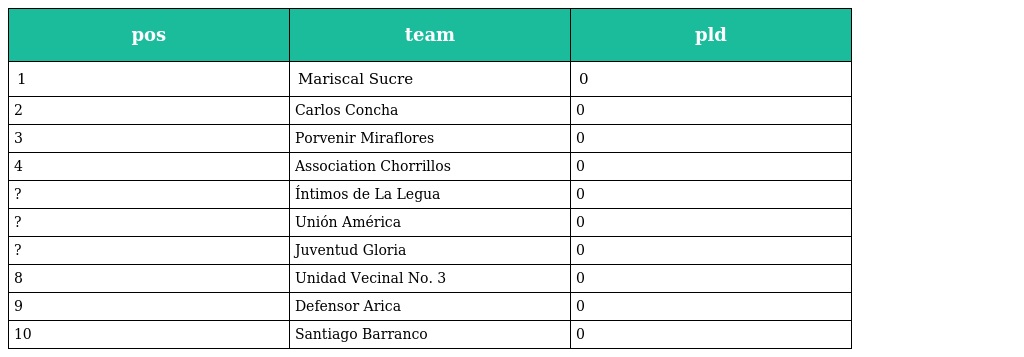
| pos | team | pld |
 | --- | --- | --- |
 | 1 | Mariscal Sucre | 0 |
 | 2 | Carlos Concha | 0 |
 | 3 | Porvenir Miraflores | 0 |
 | 4 | Association Chorrillos | 0 |
 | ? | Íntimos de La Legua | 0 |
 | ? | Unión América | 0 |
 | ? | Juventud Gloria | 0 |
 | 8 | Unidad Vecinal No. 3 | 0 |
 | 9 | Defensor Arica | 0 |
 | 10 | Santiago Barranco | 0 |